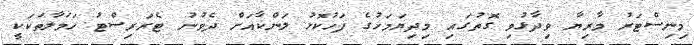
މިނިސްޓަރު މާރިޔާ ވިދާޅުވި ގޮތުގައި މިދިޔަމަހުގެ ފަހުކޮޅު ލަންކާއަށް ދެވުނު ޓެރަރިސްޓު ހަމަލާތަކަކީ